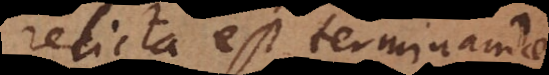
relicta est terminandae